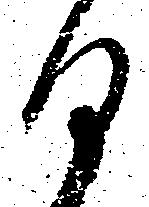
日